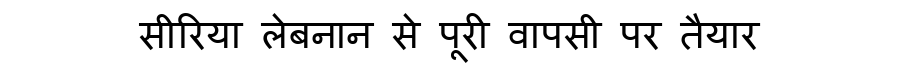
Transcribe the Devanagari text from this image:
सीरिया लेबनान से पूरी वापसी पर तैयार